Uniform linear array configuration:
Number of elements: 12
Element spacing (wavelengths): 0.25
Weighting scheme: hann
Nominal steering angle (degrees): -45
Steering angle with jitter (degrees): -45.939
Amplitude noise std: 0.05
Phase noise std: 0.05

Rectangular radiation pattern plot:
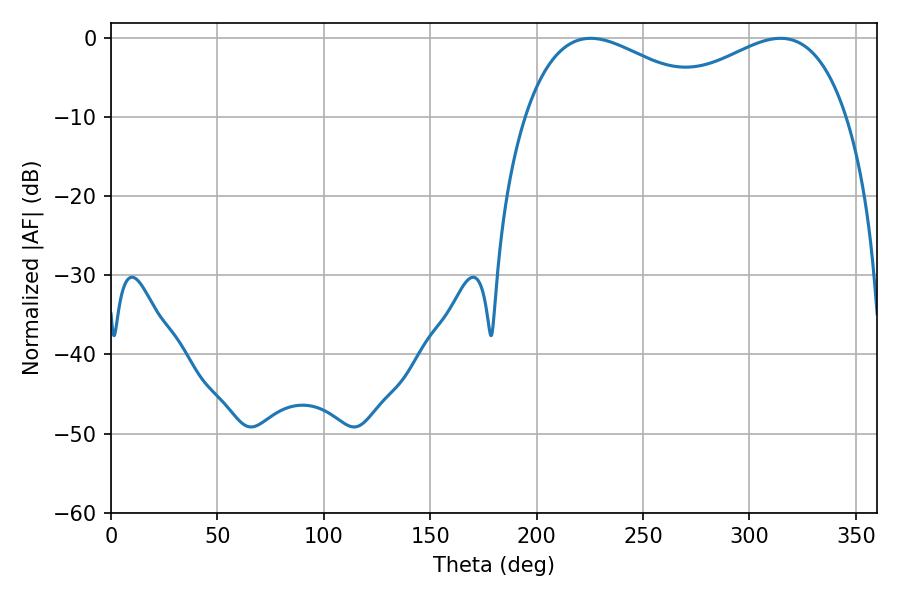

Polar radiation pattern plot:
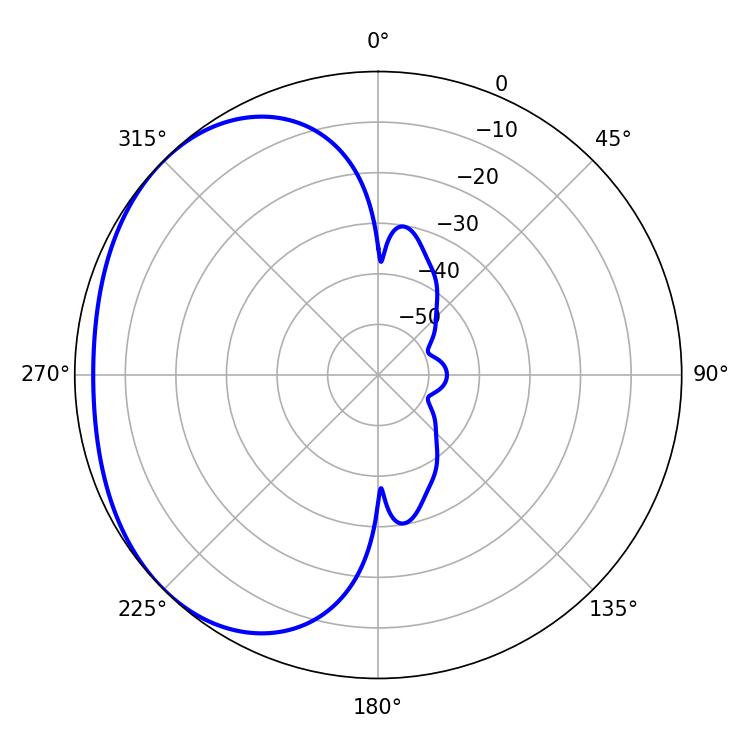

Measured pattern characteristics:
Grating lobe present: FALSE
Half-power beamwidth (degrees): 50.22
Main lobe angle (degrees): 225.36